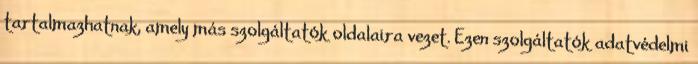
tartalmazhatnak, amely más szolgáltatók oldalaira vezet. Ezen szolgáltatók adatvédelmi